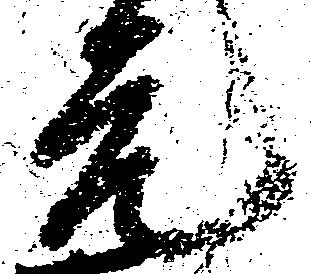
元